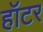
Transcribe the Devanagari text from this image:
हॉटर